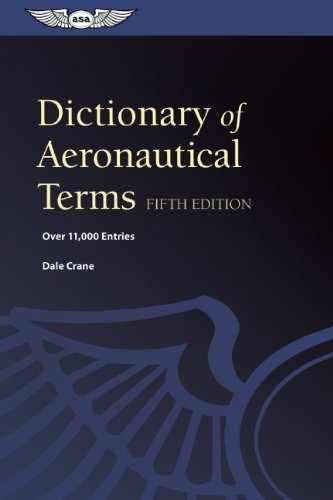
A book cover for Dictionary of Aeronautical Terms: Over 11,000 Entries; Dale Crane; Engineering & Transportation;